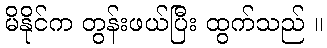
မိနိုင်က တွန်းဖယ်ပြီး ထွက်သည် ။